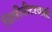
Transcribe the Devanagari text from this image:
मिलीमीटरवाली